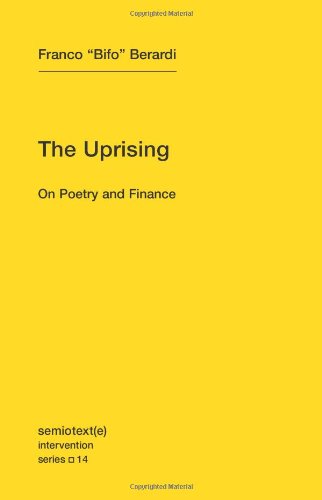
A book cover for The Uprising: On Poetry and Finance (Semiotext(e) / Intervention Series); Franco "Bifo" Berardi; Politics & Social Sciences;